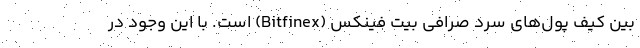
بین کیف پول‌های سرد صرافی بیت فینکس (Bitfinex) است. با این وجود در